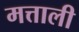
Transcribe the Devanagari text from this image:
मत्ताली